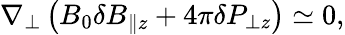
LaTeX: \nabla_{\perp}\left(B_{0}\delta B_{\| z}+4\pi\delta P_{\perp z}\right)\simeq 0,